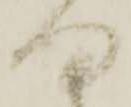
ま